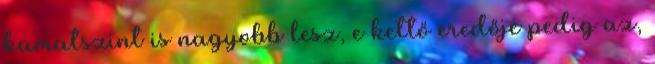
kamatszint is nagyobb lesz, e kettő eredője pedig az,